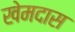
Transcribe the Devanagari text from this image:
खेमदास